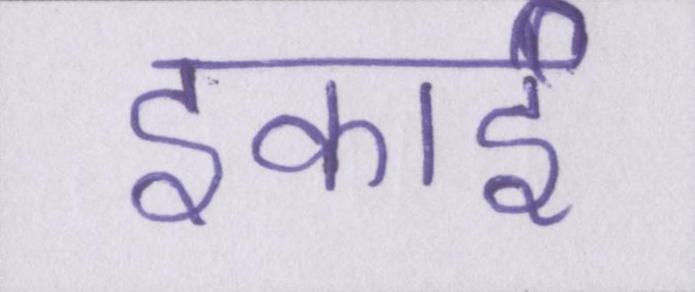
इकाई